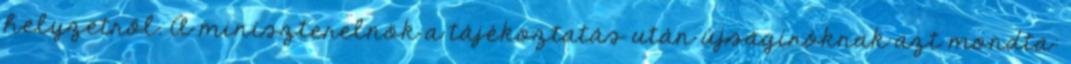
helyzetről. A miniszterelnök a tájékoztatás után újságíróknak azt mondta: